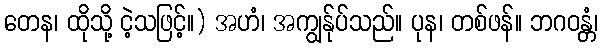
တေန၊ ထိုသို့ ငဲ့သဖြင့်။) အဟံ၊ အကျွန်ုပ်သည်။ ပုန၊ တစ်ဖန်။ ဘဂဝန္တံ၊